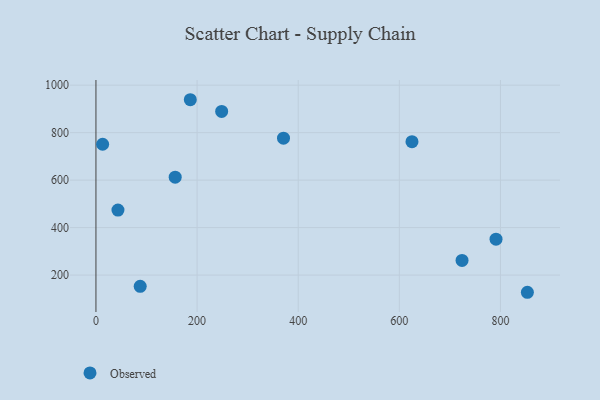
{"axis": {"x": "Distance", "y": "Yield"}, "legend": ["Observed"], "data": [{"x": "625.0", "y": 761.9, "type": "Observed"}, {"x": "87.5", "y": 152.8, "type": "Observed"}, {"x": "853.2", "y": 127.6, "type": "Observed"}, {"x": "248.6", "y": 889.4, "type": "Observed"}, {"x": "724.0", "y": 261.8, "type": "Observed"}, {"x": "791.2", "y": 351.3, "type": "Observed"}, {"x": "43.5", "y": 474.0, "type": "Observed"}, {"x": "13.2", "y": 751.1, "type": "Observed"}, {"x": "156.7", "y": 612.2, "type": "Observed"}, {"x": "186.6", "y": 938.6, "type": "Observed"}, {"x": "370.9", "y": 776.5, "type": "Observed"}]}